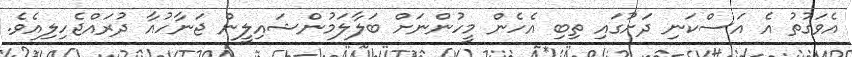
އެވަގުތު އެ އަސްކަނި ދަށުގައި ތިބި އެހެން މީހުންނަށް ބަލާލަމުންޝައިލީން ޖަނާހުއާ ދުރައްޖެހިލިއެވެ.